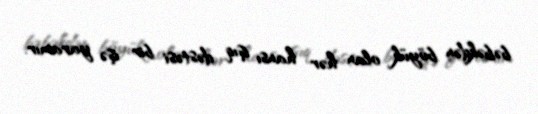
bəbəkdən böyük olan hər hansı işıq dəstəsi bir işə yaramır.